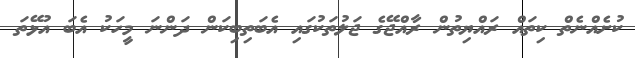
ކުށެއްނެތް ކިތައް ރައްޔިތުން ރާއްޖޭގެ ޖަލުތަކުގައި އެބަތިބިކަން ދަންނަ މީހަކު އެބަ އުޅޭތަ